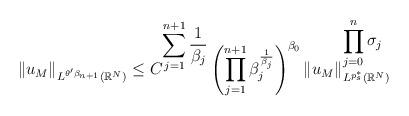
LaTeX: \begin{align*}\Vert u_M \Vert_{L^{\theta' \beta_{n+1}}(\mathbb{R}^N)} \leq C^{\displaystyle\sum_{j=1}^{n+1}\frac{1}{\beta_j}}\left( \displaystyle\prod_{j=1}^{n+1}\beta_j^{\frac{1}{\beta_j}}\right)^{\beta_0} \Vert u_M \Vert_{L^{p_{s}^*}(\mathbb{R}^N)}^{\displaystyle\prod_{j=0}^{n}\sigma_j}\end{align*}